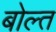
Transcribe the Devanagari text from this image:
बोल्त